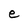
Character: e